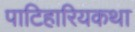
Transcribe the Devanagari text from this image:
पाटिहारियकथा